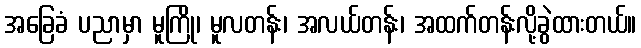
အခြေခံ ပညာမှာ မူကြို၊ မူလတန်း၊ အလယ်တန်း၊ အထက်တန်းလို့ခွဲထားတယ်။